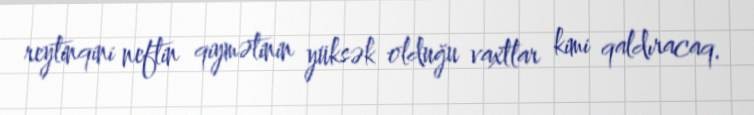
reytinqini neftin qiymətinin yüksək olduğu vaxtlar kimi qaldıracaq.